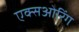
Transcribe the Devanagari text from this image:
एक्सओरिंग